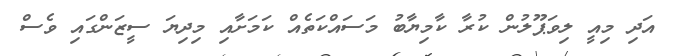
އަދި މިއީ ލިވަޕޫލުން ކުރާ ކާމިޔާބު މަސައްކަތެއް ކަމަށާއި މިދިޔަ ސީޒަންގައި ވެސް